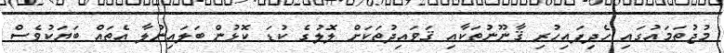
މުޖުތަމަޢުގައި ހެދިފައިހުރި ޤާނޫނުތަކާއި ޤަވަޢިދުތަކަށް ލޮލުގެ ކުޑަ ކޮޅުން ބަލައިނުލާ އެތައް ބަޔަކުވެސް